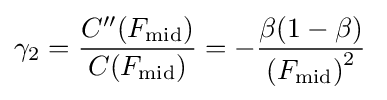
\gamma _{2}={\frac {C''(F_{\text{mid}})}{C(F_{\text{mid}})}}=-{\frac {\beta (1-\beta )}{\left(F_{\text{mid}}\right)^{2}}}\;